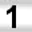
Digit: 1